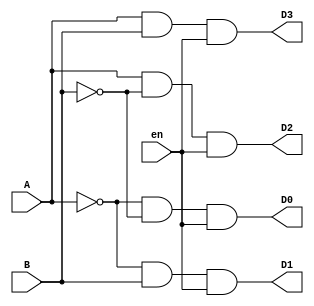
`timescale 1ns / 1ps
//////////////////////////////////////////////////////////////////////////////////
//  
// Made by: Ali Nowrouzi and Ahmad Foroughi 
// 
//////////////////////////////////////////////////////////////////////////////////
module Decoder_2_4(D0,D1,D2,D3,A,B,en
    );

	input A, B, en;
	output D0, D1, D2, D3;
	
	assign D0 = (~A) & (~B) & en;
	assign D1 = (~A) & (B) & en;
	assign D2 = (A) & (~B) & en;
	assign D3 = (A) & (B) & en;

endmodule